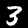
Digit: 3